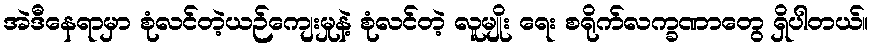
အဲဒီနေရာမှာ စုံလင်တဲ့ယဉ်ကျေးမှုနဲ့ စုံလင်တဲ့ လူမျိုး ရေး စရိုက်လက္ခဏာတွေ ရှိပါတယ်။